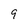
Character: 9